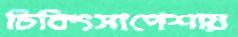
চিকিৎসাপেশায়